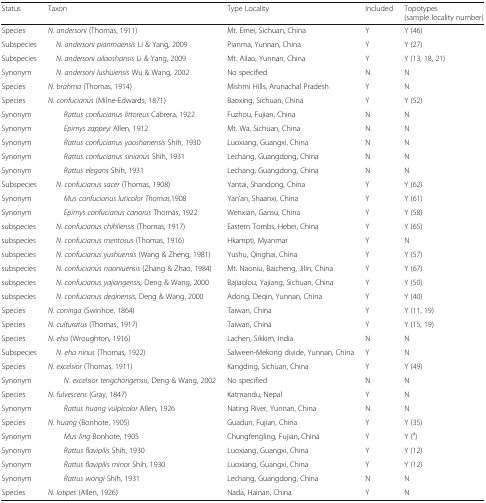
<table><thead><tr><td><b>Status</b></td><td><b>Taxon</b></td><td><b>Type Locality</b></td><td><b>Included</b></td><td><b>Topotypes (sample locality number)</b></td></tr></thead><tbody><tr><td>Species</td><td><i>N. andersoni</i> (Thomas, 1911)</td><td>Mt. Emei, Sichuan, China</td><td>Y</td><td>Y (46)</td></tr><tr><td>Subspecies</td><td> <i>N. andersoni pianmaensis</i> Li &amp; Yang, 2009</td><td>Pianma, Yunnan, China</td><td>Y</td><td>Y (27)</td></tr><tr><td>Subspecies</td><td> <i>N. andersoni ailaoshansis</i> Li &amp; Yang, 2009</td><td>Mt. Ailao, Yunnan, China</td><td>Y</td><td>Y (13, 18, 21)</td></tr><tr><td>Synonym</td><td> <i>N. andersoni lushuiensis</i> Wu &amp; Wang, 2002</td><td>No specified</td><td>N</td><td>N</td></tr><tr><td>Species</td><td><i>N. brahma</i> (Thomas, 1914)</td><td>Mishmi Hills, Arunachal Pradesh</td><td>Y</td><td>N</td></tr><tr><td>Species</td><td><i>N. confucianus</i> (Milne-Edwards, 1871)</td><td>Baoxing, Sichuan, China</td><td>Y</td><td>Y (52)</td></tr><tr><td>Synonym</td><td><i>Rattus confucianus littoreus</i> Cabrera, 1922</td><td>Fuzhou, Fujian, China</td><td>N</td><td>N</td></tr><tr><td>Synonym</td><td><i>Epimys zappeyi</i> Allen, 1912</td><td>Mt. Wa, Sichuan, China</td><td>N</td><td>N</td></tr><tr><td>Synonym</td><td><i>Rattus confucianus yaoshanensis</i> Shih, 1930</td><td>Luoxiang, Guangxi, China</td><td>N</td><td>N</td></tr><tr><td>Synonym</td><td><i>Rattus confucianus sinianus</i> Shih, 1931</td><td>Lechang, Guangdong, China</td><td>N</td><td>N</td></tr><tr><td>Synonym</td><td><i>Rattus elegans</i> Shih, 1931</td><td>Lechang, Guangdong, China</td><td>N</td><td>N</td></tr><tr><td>Subspecies</td><td> <i>N. confucianus sacer</i> (Thomas, 1908)</td><td>Yantai, Shandong, China</td><td>Y</td><td>Y (62)</td></tr><tr><td>Synonym</td><td><i>Mus confucianus luticolor Thomas,</i>1908</td><td>Yan’an, Shaanxi, China</td><td>Y</td><td>Y (61)</td></tr><tr><td>Synonym</td><td><i>Epimys confucianus canorus</i> Thomas, 1922</td><td>Wenxian, Gansu, China</td><td>Y</td><td>Y (58)</td></tr><tr><td>subspecies</td><td> <i>N. confucianus chihliensis</i> (Thomas, 1917)</td><td>Eastern Tombs, Hebei, China</td><td>Y</td><td>Y (65)</td></tr><tr><td>subspecies</td><td> <i>N. confucianus mentosus</i> (Thomas, 1916)</td><td>Hkampti, Myanmar</td><td>Y</td><td>N</td></tr><tr><td>subspecies</td><td> <i>N. confucianus yushuensis</i> (Wang &amp; Zheng, 1981)</td><td>Yushu, Qinghai, China</td><td>Y</td><td>Y (57)</td></tr><tr><td>subspecies</td><td> <i>N. confucianus naoniuensis</i> (Zhang &amp; Zhao, 1984)</td><td>Mt. Naoniu, Baicheng, Jilin, China</td><td>Y</td><td>Y (67)</td></tr><tr><td>subspecies</td><td> <i>N. confucianus yajiangensis,</i> Deng &amp; Wang, 2000</td><td>Bajiaolou, Yajiang, Sichuan, China</td><td>Y</td><td>Y (50)</td></tr><tr><td>subspecies</td><td> <i>N. confucianus deqinensis,</i> Deng &amp; Wang, 2000</td><td>Adong, Deqin, Yunnan, China</td><td>Y</td><td>Y (40)</td></tr><tr><td>Species</td><td><i>N. coninga</i> (Swinhoe, 1864)</td><td>Taiwan, China</td><td>Y</td><td>Y (11, 19)</td></tr><tr><td>Species</td><td><i>N. culturatus</i> (Thomas, 1917)</td><td>Taiwan, China</td><td>Y</td><td>Y (15, 19)</td></tr><tr><td>Species</td><td><i>N. eha</i> (Wroughton, 1916)</td><td>Lachen, Sikkim, India</td><td>N</td><td>N</td></tr><tr><td>Subspecies</td><td> <i>N. eha ninus</i> (Thomas, 1922)</td><td>Salween-Mekong divide, Yunnan, China</td><td>Y</td><td>N</td></tr><tr><td>Species</td><td><i>N. excelsior</i> (Thomas, 1911)</td><td>Kangding, Sichuan, China</td><td>Y</td><td>Y (49)</td></tr><tr><td>Synonym</td><td><i>N. excelsior tengchongensis,</i> Deng &amp; Wang, 2002</td><td>No specified</td><td>N</td><td>N</td></tr><tr><td>Species</td><td><i>N. fulvescens</i> (Gray, 1847)</td><td>Katmandu, Nepal</td><td>Y</td><td>N</td></tr><tr><td>Synonym</td><td><i>Rattus huang vulpicolor</i> Allen, 1926</td><td>Nating River, Yunnan, China</td><td>N</td><td>N</td></tr><tr><td>Species</td><td><i>N. huang</i> (Bonhote, 1905)</td><td>Guadun, Fujian, China</td><td>Y</td><td>Y (35)</td></tr><tr><td>Synonym</td><td><i>Mus ling</i> Bonhote, 1905</td><td>Chungfengling, Fujian, China</td><td>Y</td><td>Y (<sup>a</sup>)</td></tr><tr><td>Synonym</td><td><i>Rattus flavipilis</i> Shih, 1930</td><td>Luoxiang, Guangxi, China</td><td>Y</td><td>Y (12)</td></tr><tr><td>Synonym</td><td><i>Rattus flavipilis minor</i> Shih, 1930</td><td>Luoxiang, Guangxi, China</td><td>Y</td><td>Y (12)</td></tr><tr><td>Synonym</td><td><i>Rattus wongi</i> Shih, 1931</td><td>Lechang, Guangdong, China</td><td>N</td><td>N</td></tr><tr><td>Species</td><td><i>N. lotipes</i> (Allen, 1926)</td><td>Nada, Hainan, China</td><td>Y</td><td>N</td></tr></tbody></table>